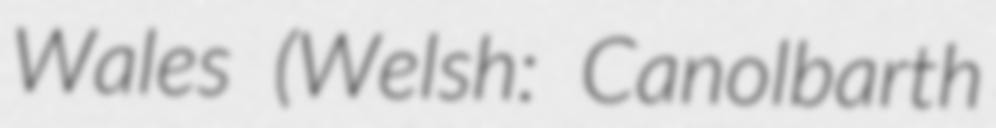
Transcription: Wales (Welsh: Canolbarth